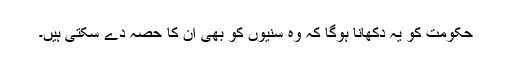
حکومت کو یہ دکھانا ہوگا کہ وہ سنیوں کو بھی ان کا حصہ دے سکتی ہیں۔